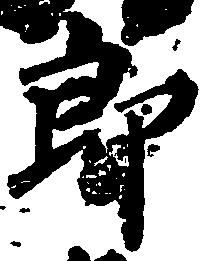
郎